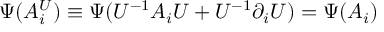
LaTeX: \Psi ( A _ { i } ^ { U } ) \equiv \Psi ( U ^ { - 1 } A _ { i } U + U ^ { - 1 } \partial _ { i } U ) = \Psi ( A _ { i } )